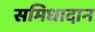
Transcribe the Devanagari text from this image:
समिधादान